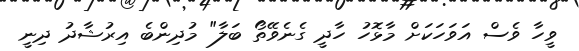
ވީހާ ވެސް އަވަހަކަށް މާޅޮހު ހާދީ ގެނެވޭތޯ ބަލާ" މުދިންބެ އިރުޝާދު ދިނީ